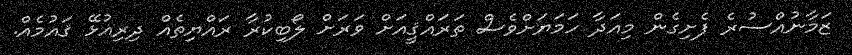
ޒަމާނުއްސުރެ ފެށިގެން މިއަދާ ހަމަޔަށްވެސް ތަރައްޤީއަށް ވަރަށް ލޯބިކުރާ ރައްޔިތެއް ދިރިއުޅޭ ޤައުމެއް.